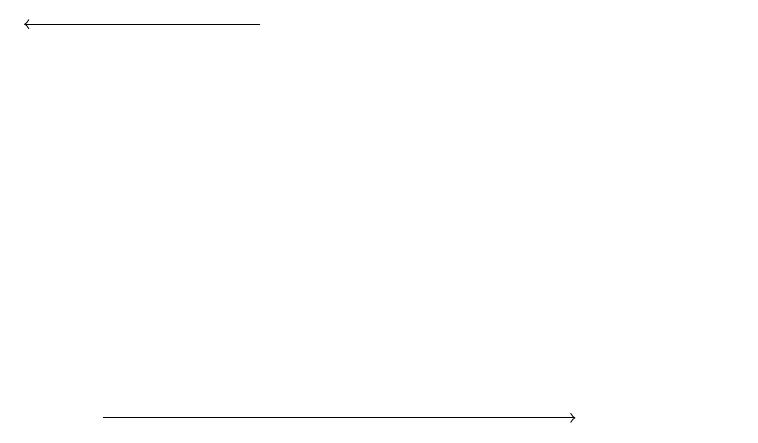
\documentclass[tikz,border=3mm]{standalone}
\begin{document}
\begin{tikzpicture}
\draw[->] (2,11) -- (8,11);
\draw (10,12) circle (0);
\draw[->] (4,16) -- (1,16);
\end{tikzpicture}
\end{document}